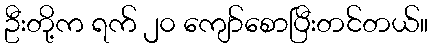
ဦးတို့က ရက် ၂၀ ကျော်စောပြီးတင်တယ်။